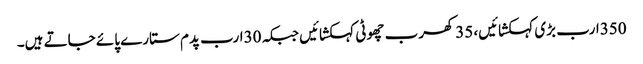
350ارب بڑی کہکشائیں، 35کھرب چھوٹی کہکشائیں جبکہ 30ارب پدم ستارے پائے جاتے ہیں۔